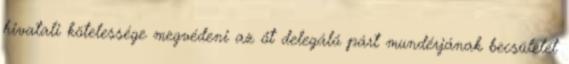
hivatali kötelessége megvédeni az őt delegáló párt mundérjának becsületét